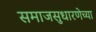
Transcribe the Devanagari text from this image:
समाजसुधारणेच्या